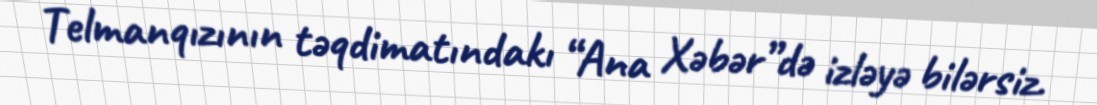
Telmanqızının təqdimatındakı “Ana Xəbər”də izləyə bilərsiz.